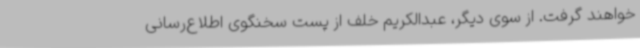
خواهند گرفت. از سوی دیگر، عبدالکریم خلف از پست سخنگوی اطلاع‌رسانی